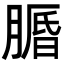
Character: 𦟕